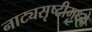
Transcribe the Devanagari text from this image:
नाट्यसृष्टीमध्ये